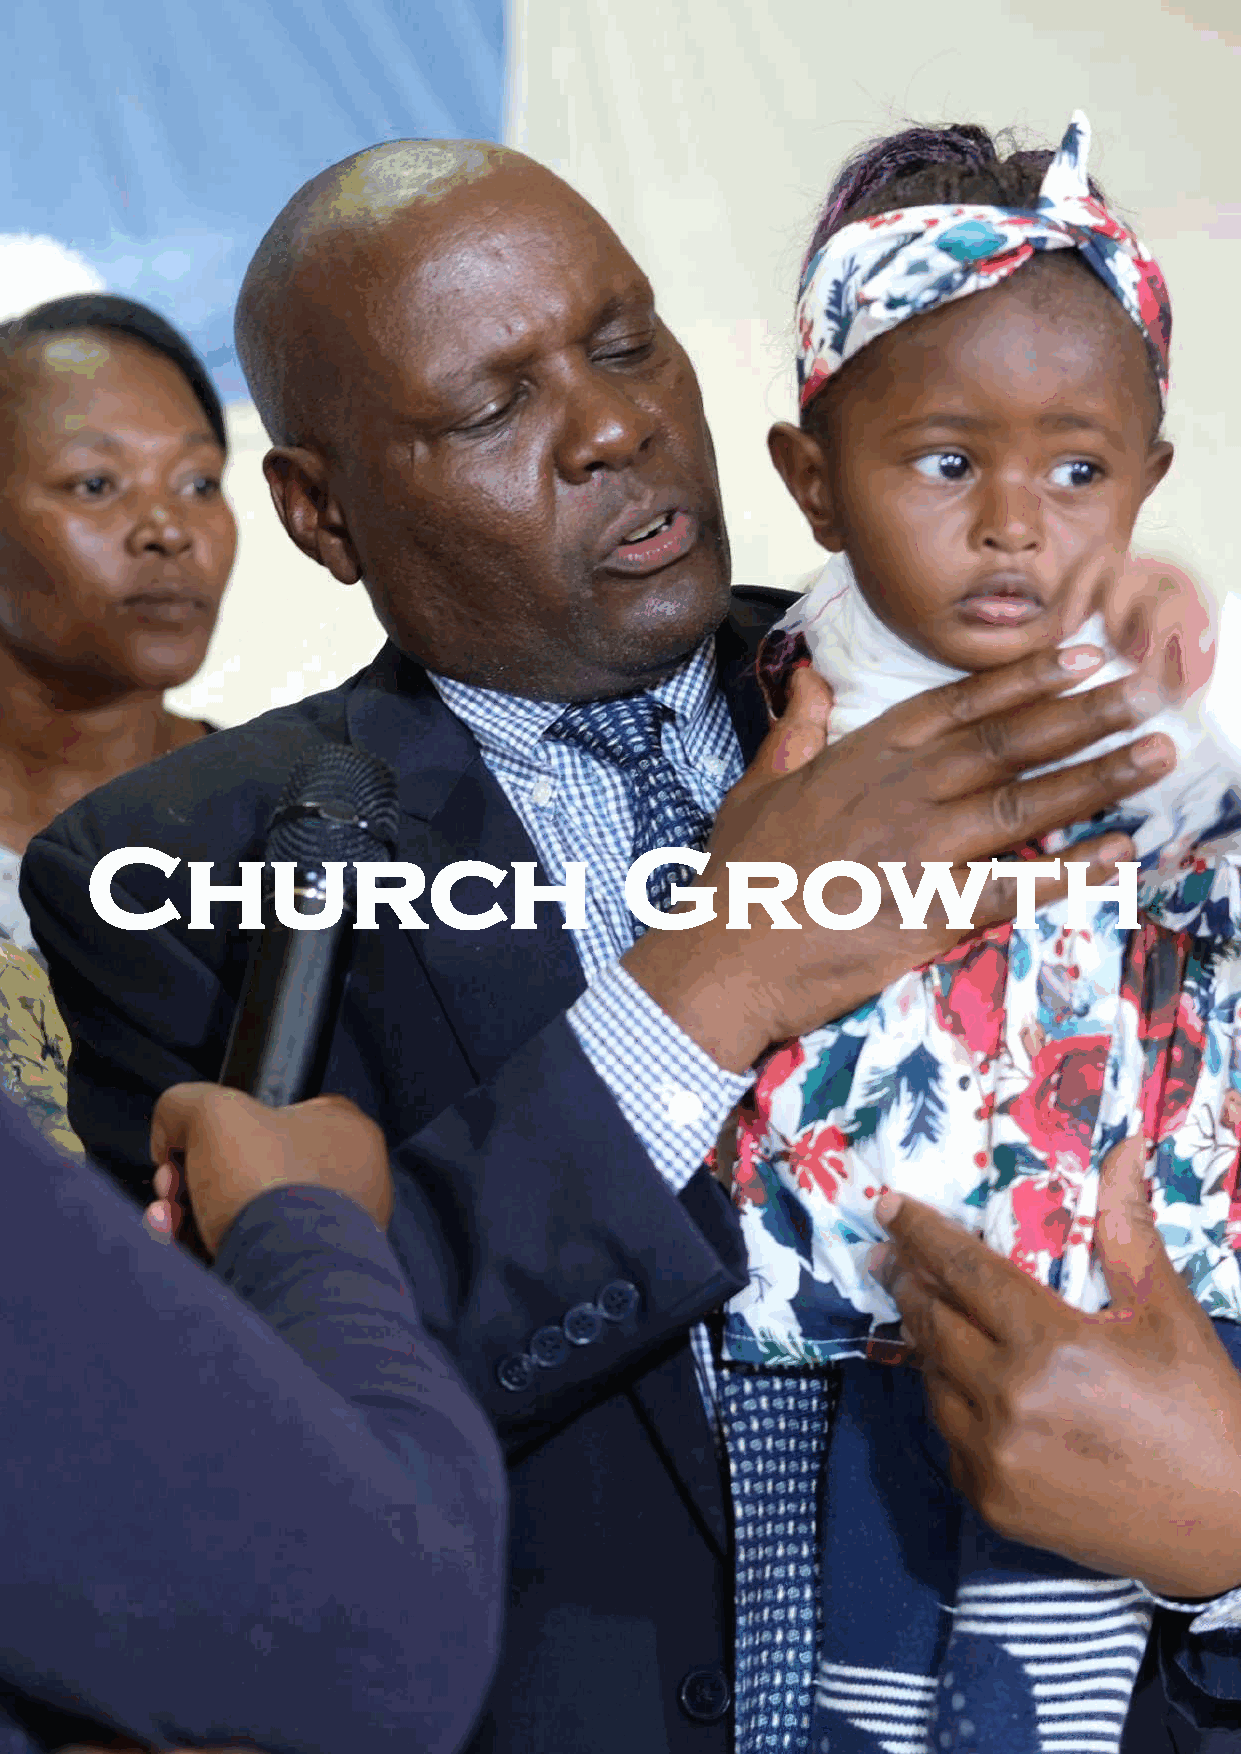
Church                             Growth